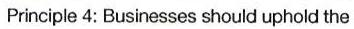
Principle 4: Businesses should uphold the